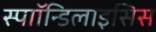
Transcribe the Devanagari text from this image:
स्पाॉन्डिलाइसिस